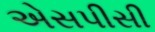
એસપીસી